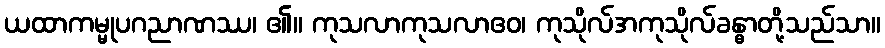
ယထာကမ္မုပဂညာဏဿ၊ ၏။ ကုသလာကုသလာဧဝ၊ ကုသိုလ်အကုသိုလ်ခန္ဓာတို့သည်သာ။